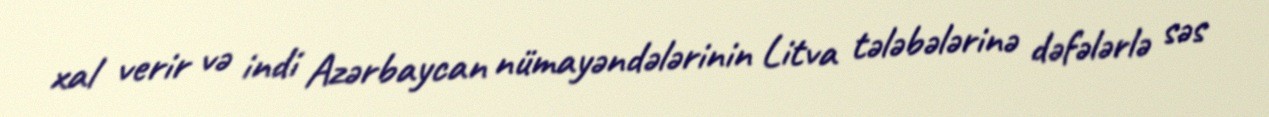
xal verir və indi Azərbaycan nümayəndələrinin Litva tələbələrinə dəfələrlə səs